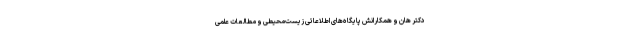
دکتر هان و همکارانش پایگاه‌های اطلاعاتی زیست‌محیطی و مطالعات علمی